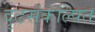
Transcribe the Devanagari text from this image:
दृढसंकल्पित